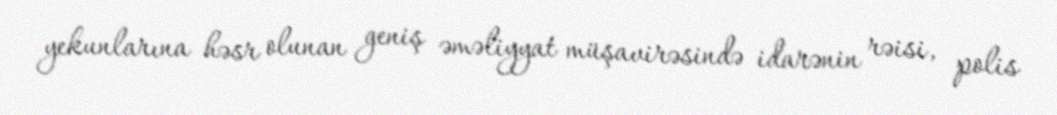
yekunlarına həsr olunan geniş əməliyyat müşavirəsində idarənin rəisi, polis